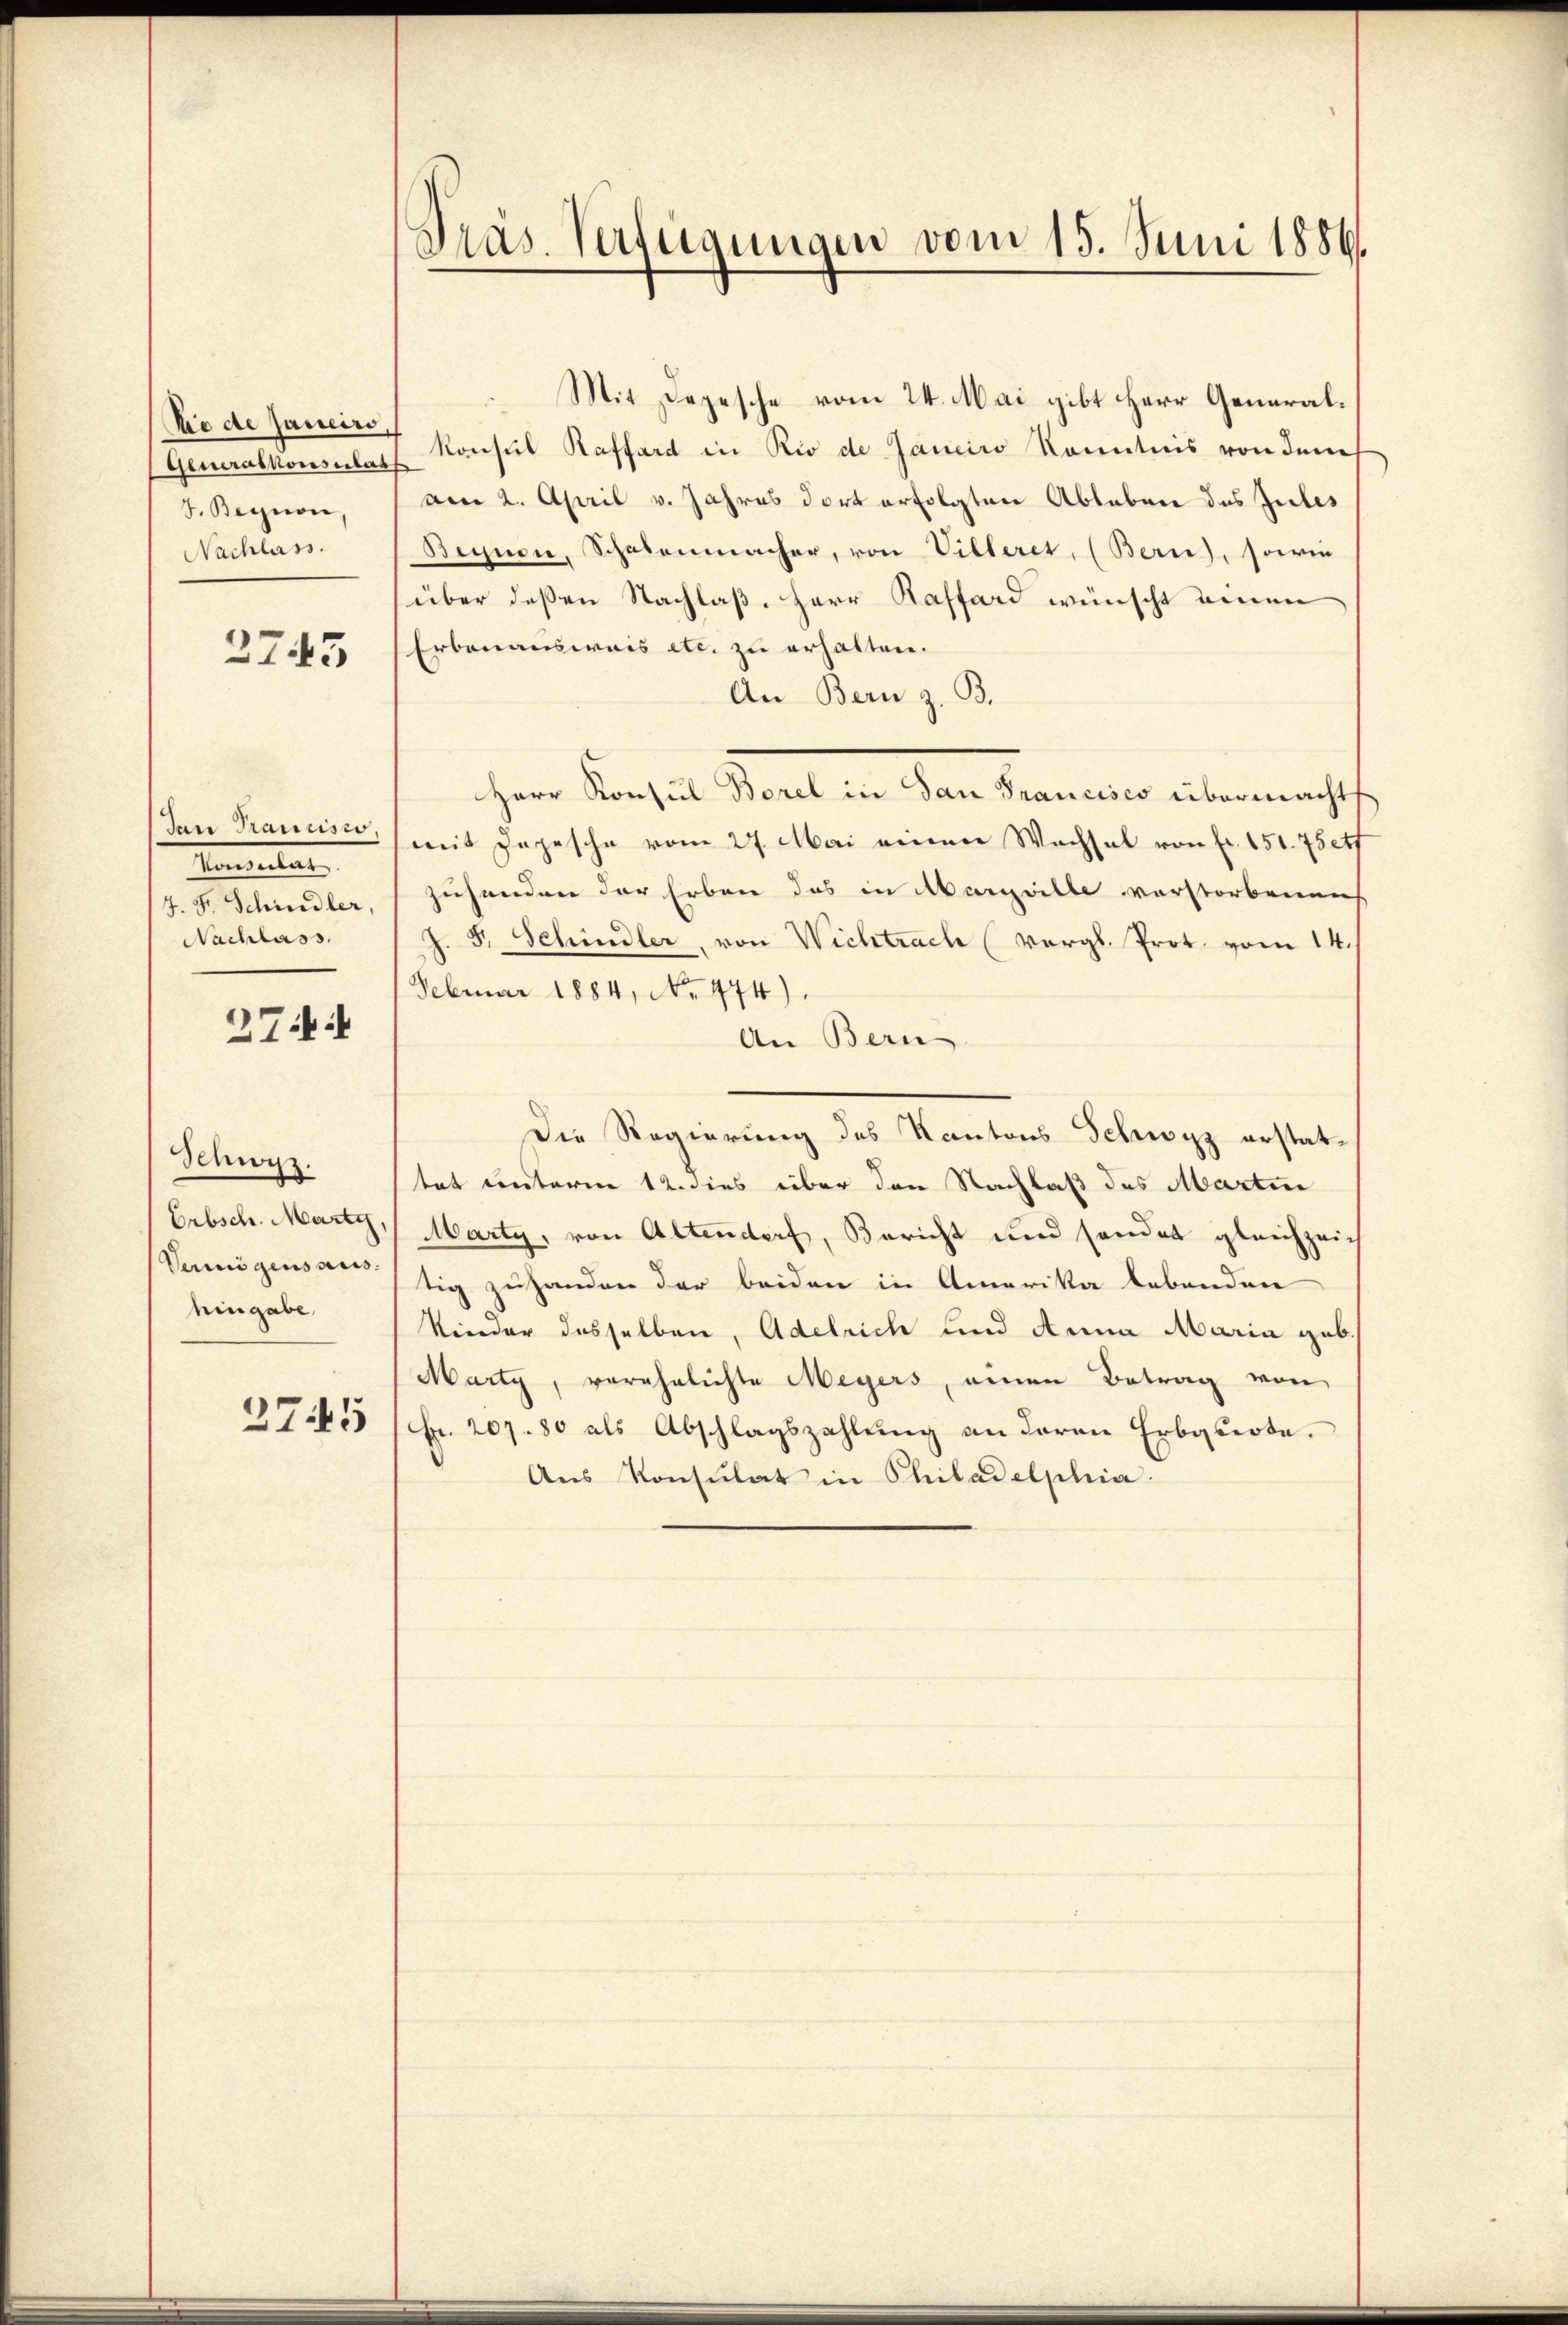
Sie de Janeiro,
Generalkonsulat
F. Begnon,
Nachlass.

2745

Jan Prancisco.
Denuntert
4. Fr. Schindler,
Nachlass.

274.

Schwyz.
Erbsch. Marty
Vermögensaus
hingabe,

2745

Pras. Verfügungen vom 15. Juni 1886.

Mit Depesche vom 24. Mai gibt Herr General¬
Konsul Raffard in Rio de Janeiro Kenntnis von dem
f
am 2. April v. Jahres dort erfolgten Ableben des Gutes
Begnen, Schalenmacher, von Villeret, (Berns, sowie
über deßen Nachlaß Herr Kaffard wünscht einen
Erbanauswais etc. zu erhalten.
An Bern z. B.
Herr Konsul Borel in San Francisco übermacht
mit Depesche vom 27. Mai einen Wachsel von fr. 151. 75etf
zuhanden der Erben das in Margrille verstorbenen
J. F. Schindler, von Wichtrach (vergl. Prot. vom 14.
Februar 1884, No. 474).
An Bern
Die Regierung des Kantons Schwyz erstattet unterm 12. dies über den Nachlaß des Martin
Marty, von Altendert, Bericht und sonder gleichzeich
tig zuhanden der beiden in Amerika lebenden
Kinder desselben, Adelrich und Anna Maria geb.
Marty, verehelichte Meyers, einen Betrag von
Fr. 207. 80 als Abschlagszahlŭng an daran Erbquote.
Aus Konsulat in Philadelphia